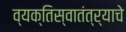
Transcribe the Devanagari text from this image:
व्यक्तिस्वातंत्र्याचे